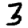
Digit: 3